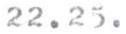
22.25.